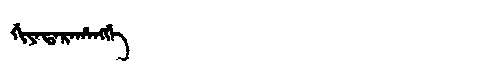
Manchu: ᡤᡳᠶᠠᡨᠠᡵᠠᡥᠠᠩᡤᡝ
Romanization: GIYATARAHANGGE